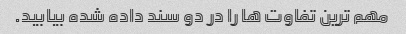
مهم ترین تفاوت ها را در دو سند داده شده بیابید.